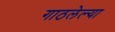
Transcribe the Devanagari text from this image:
गाठलेल्या